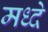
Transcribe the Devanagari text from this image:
मध्दे